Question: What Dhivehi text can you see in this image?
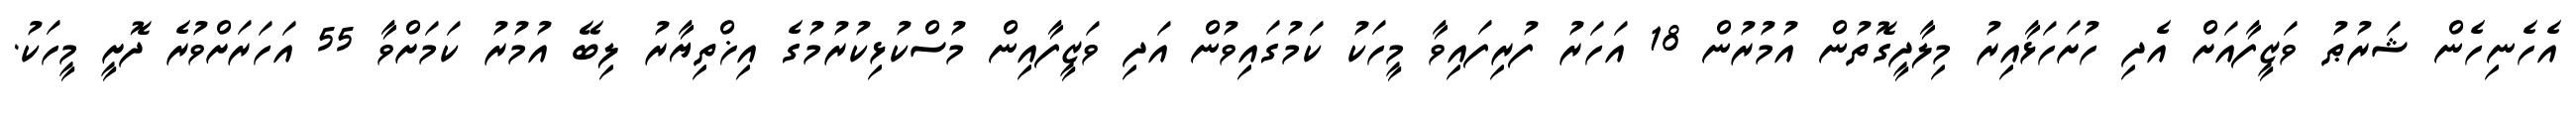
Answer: އެހެނިހެން ޝަރުޠު ވަޒީފާއަށް އެދި ހުށަހަޅާއިރު މިލާދީގޮތުން އުމުރުން 18 އަހަރު ފުރިފައިވާ މީހަކު ކަމުގައިވުން އަދި ވަޒީފާއިން މުސްކުޅިކުރުމުގެ އިޚްތިޔާރު ލިބޭ އުމުރު ކަމަށްވާ 55 އަހަރަށްވުރެ ދޮށީ މީހަކު.